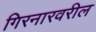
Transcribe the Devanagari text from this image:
गिरनारवरील